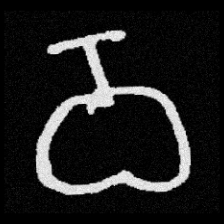
Pyu character \u2014 Myanmar letter: ဝ (romanized: wa)